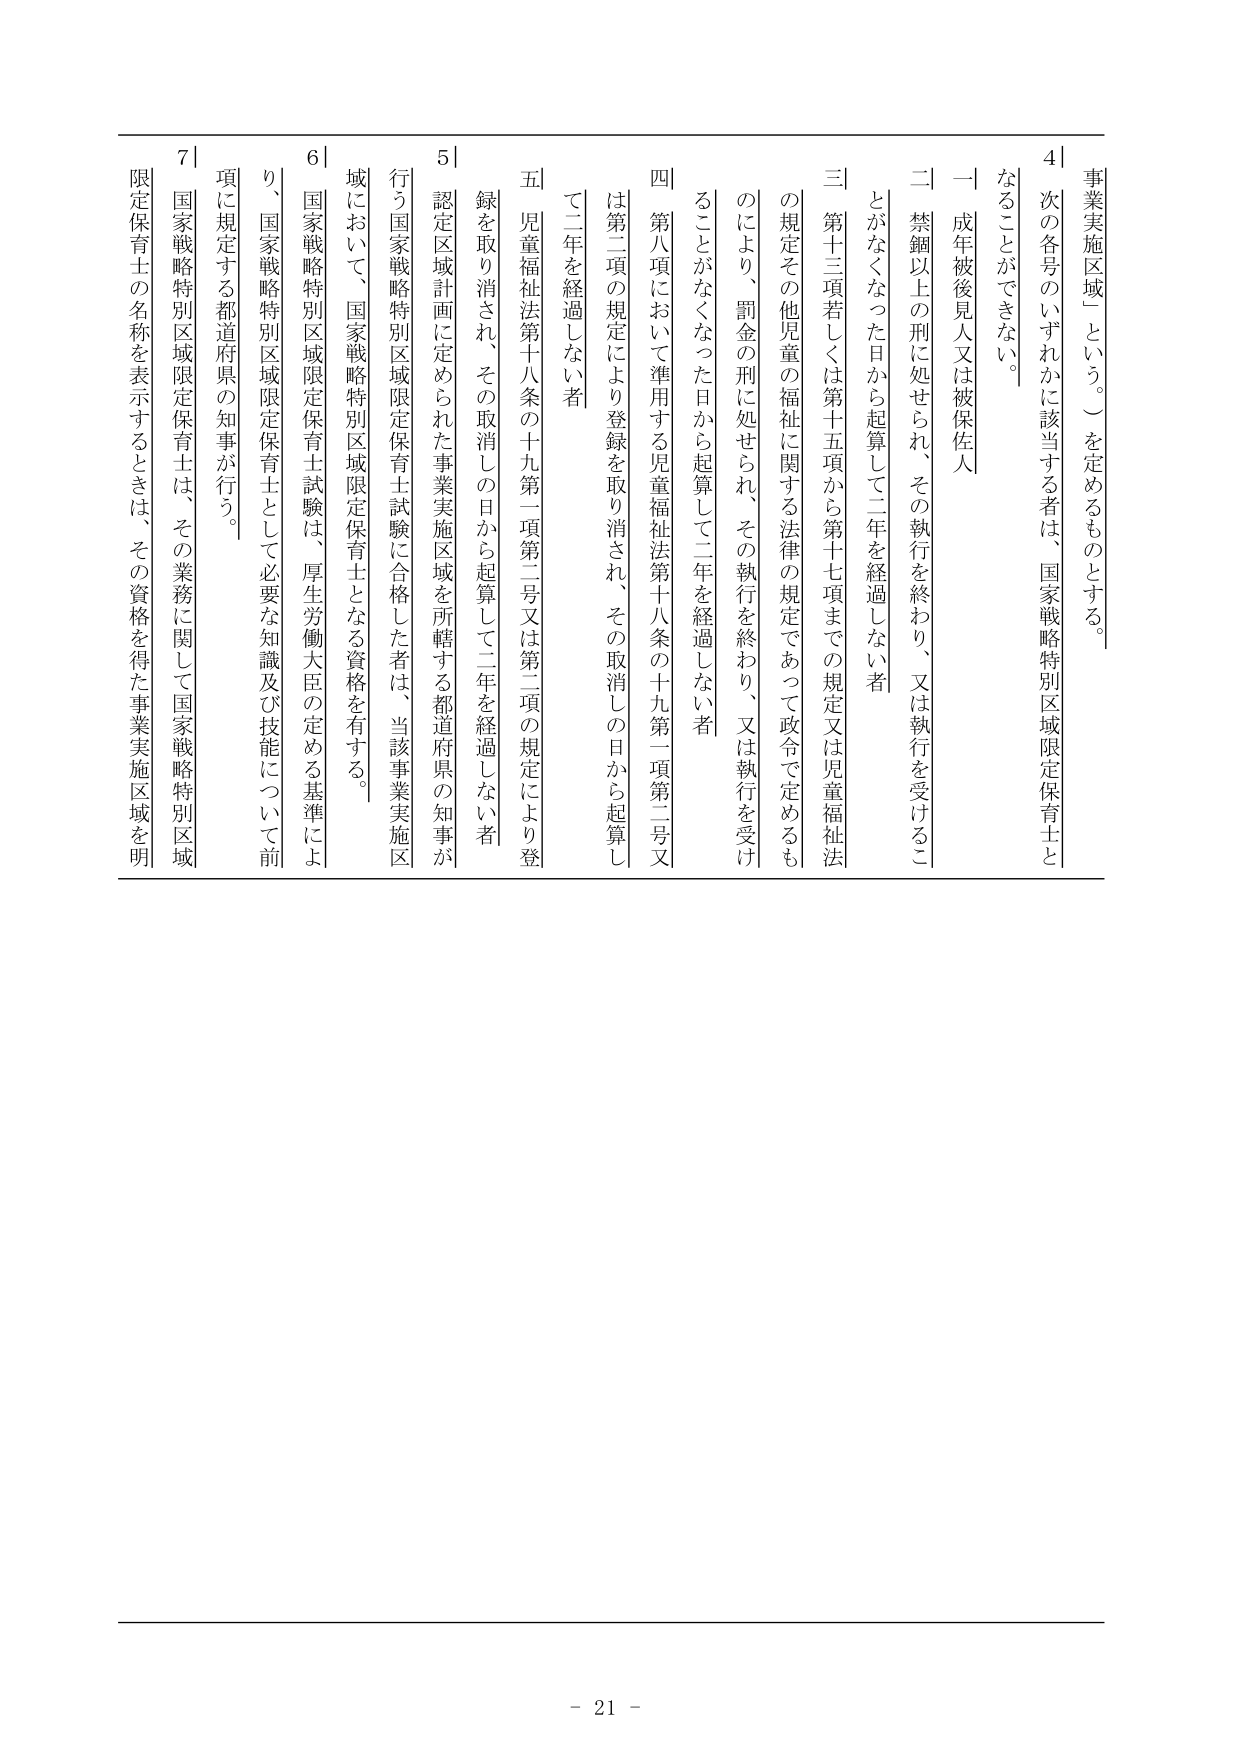
事業実施区域」という。）を定めるものとする。
4| 次の各号のいずれかに該当する者は、国家戦略特別区域限定保育士と
なることができない。
一 成年被後見人又は被保佐人
二 禁錮以上の刑に処せられ、その執行を終わり、又は執行を受けるこ
とがなくなった日から起算して二年を経過しない者
三 第十三項若しくは第十五項から第十七項までの規定又は児童福祉法
の規定その他児童の福祉に関する法律の規定であって政令で定めるも
のにより、罰金の刑に処せられ、その執行を終わり、又は執行を受け
ることがなくなった日から起算して二年を経過しない者
四 第八項において準用する児童福祉法第十八条の十九第一項第二号又
は第二項の規定により登録を取り消され、その取消しの日から起算し
て二年を経過しない者
五 児童福祉法第十八条の十九第一項第二号又は第二項の規定により登
録を取り消され、その取消しの日から起算して二年を経過しない者
5| 認定区域計画に定められた事業実施区域を所轄する都道府県の知事が
行う国家戦略特別区域限定保育士試験に合格した者は、当該事業実施区
域において、国家戦略特別区域限定保育士となる資格を有する。
6| 国家戦略特別区域限定保育士試験は、厚生労働大臣の定める基準によ
り、国家戦略特別区域限定保育士として必要な知識及び技能について前
項に規定する都道府県の知事が行う。
7| 国家戦略特別区域限定保育士は、その業務に関して国家戦略特別区域
限定保育士の名称を表示するときは、その資格を得た事業実施区域を明

- 21 -